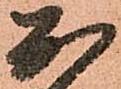
於